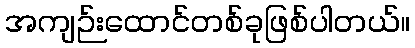
အကျဉ်းထောင်တစ်ခုဖြစ်ပါတယ်။